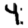
Digit: 4